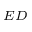
_ { E D }